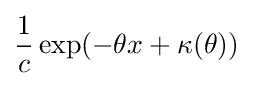
{\frac {1}{c}}\exp(-\theta x+\kappa (\theta ))